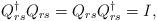
LaTeX: \begin{align*}Q_{rs}^{\dagger }Q_{rs}=Q_{rs}Q_{rs}^{\dagger }=I,\end{align*}